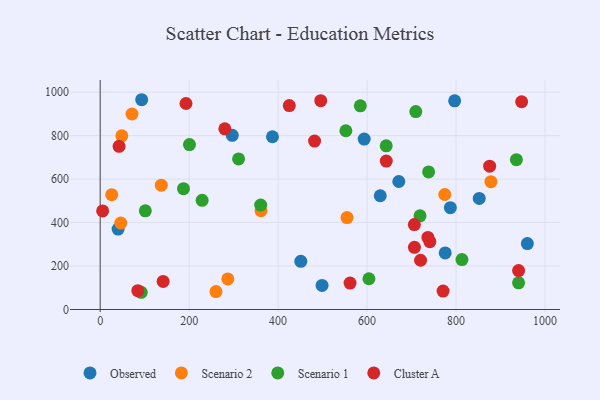
{"axis": {"x": "Engine Size", "y": "Profit"}, "legend": ["Cluster A", "Observed", "Scenario 1", "Scenario 2"], "data": [{"x": "775.6", "y": 260.3, "type": "Observed"}, {"x": "593.5", "y": 783.8, "type": "Observed"}, {"x": "787.2", "y": 468.3, "type": "Observed"}, {"x": "852.1", "y": 511.0, "type": "Observed"}, {"x": "296.9", "y": 801.1, "type": "Observed"}, {"x": "671.3", "y": 588.8, "type": "Observed"}, {"x": "93.3", "y": 965.0, "type": "Observed"}, {"x": "451.0", "y": 221.8, "type": "Observed"}, {"x": "40.3", "y": 369.8, "type": "Observed"}, {"x": "960.3", "y": 303.1, "type": "Observed"}, {"x": "629.6", "y": 523.4, "type": "Observed"}, {"x": "498.8", "y": 110.6, "type": "Observed"}, {"x": "387.3", "y": 794.7, "type": "Observed"}, {"x": "796.8", "y": 959.9, "type": "Observed"}, {"x": "71.6", "y": 899.4, "type": "Scenario 2"}, {"x": "137.4", "y": 572.1, "type": "Scenario 2"}, {"x": "286.9", "y": 140.5, "type": "Scenario 2"}, {"x": "774.6", "y": 529.1, "type": "Scenario 2"}, {"x": "554.8", "y": 422.8, "type": "Scenario 2"}, {"x": "48.6", "y": 798.9, "type": "Scenario 2"}, {"x": "878.3", "y": 587.9, "type": "Scenario 2"}, {"x": "46.3", "y": 397.7, "type": "Scenario 2"}, {"x": "260.3", "y": 82.7, "type": "Scenario 2"}, {"x": "361.5", "y": 454.8, "type": "Scenario 2"}, {"x": "25.9", "y": 528.4, "type": "Scenario 2"}, {"x": "360.8", "y": 480.3, "type": "Scenario 1"}, {"x": "584.8", "y": 937.1, "type": "Scenario 1"}, {"x": "709.5", "y": 910.7, "type": "Scenario 1"}, {"x": "738.3", "y": 633.0, "type": "Scenario 1"}, {"x": "935.6", "y": 689.3, "type": "Scenario 1"}, {"x": "813.2", "y": 229.5, "type": "Scenario 1"}, {"x": "719.0", "y": 431.0, "type": "Scenario 1"}, {"x": "187.3", "y": 555.7, "type": "Scenario 1"}, {"x": "92.3", "y": 79.3, "type": "Scenario 1"}, {"x": "940.5", "y": 122.7, "type": "Scenario 1"}, {"x": "643.0", "y": 753.0, "type": "Scenario 1"}, {"x": "311.1", "y": 692.5, "type": "Scenario 1"}, {"x": "229.2", "y": 502.1, "type": "Scenario 1"}, {"x": "552.3", "y": 822.4, "type": "Scenario 1"}, {"x": "101.5", "y": 454.0, "type": "Scenario 1"}, {"x": "200.7", "y": 758.8, "type": "Scenario 1"}, {"x": "604.1", "y": 141.4, "type": "Scenario 1"}, {"x": "875.5", "y": 659.3, "type": "Cluster A"}, {"x": "141.5", "y": 129.1, "type": "Cluster A"}, {"x": "5.5", "y": 453.4, "type": "Cluster A"}, {"x": "84.6", "y": 86.7, "type": "Cluster A"}, {"x": "481.9", "y": 774.9, "type": "Cluster A"}, {"x": "561.7", "y": 121.8, "type": "Cluster A"}, {"x": "192.9", "y": 947.6, "type": "Cluster A"}, {"x": "947.4", "y": 955.8, "type": "Cluster A"}, {"x": "643.1", "y": 683.0, "type": "Cluster A"}, {"x": "706.4", "y": 286.0, "type": "Cluster A"}, {"x": "741.1", "y": 312.0, "type": "Cluster A"}, {"x": "706.2", "y": 390.9, "type": "Cluster A"}, {"x": "42.5", "y": 750.6, "type": "Cluster A"}, {"x": "425.1", "y": 937.9, "type": "Cluster A"}, {"x": "495.8", "y": 960.7, "type": "Cluster A"}, {"x": "770.8", "y": 85.0, "type": "Cluster A"}, {"x": "280.2", "y": 831.3, "type": "Cluster A"}, {"x": "940.6", "y": 179.1, "type": "Cluster A"}, {"x": "720.2", "y": 226.6, "type": "Cluster A"}, {"x": "736.7", "y": 331.4, "type": "Cluster A"}]}